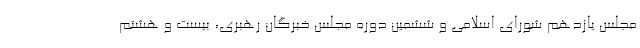
مجلس یازدهم شورای اسلامی و ششمین دوره مجلس خبرگان رهبری، بیست و هشتم